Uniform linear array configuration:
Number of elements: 24
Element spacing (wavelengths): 0.25
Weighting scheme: exponential
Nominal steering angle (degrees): -15
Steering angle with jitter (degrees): -13.992
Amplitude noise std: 0.05
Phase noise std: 0.05

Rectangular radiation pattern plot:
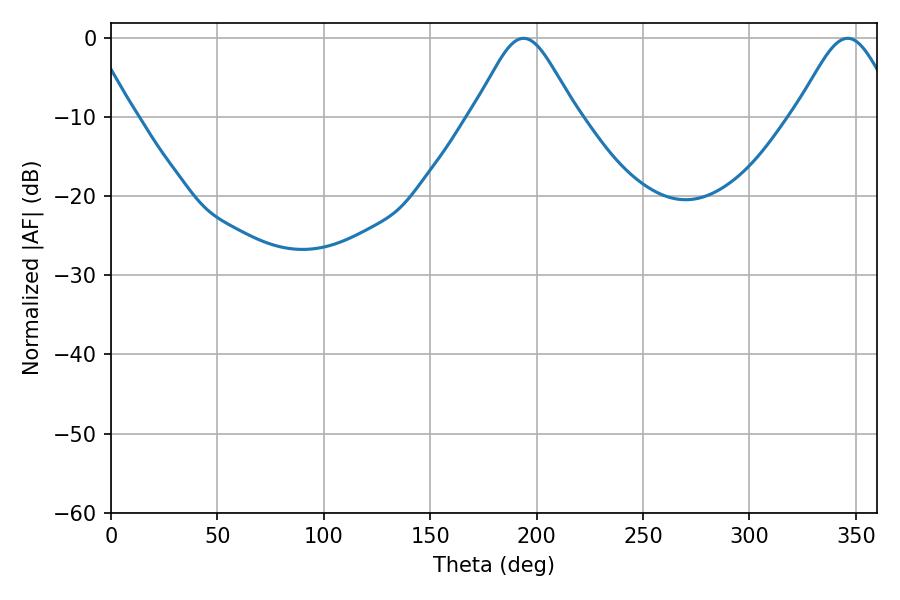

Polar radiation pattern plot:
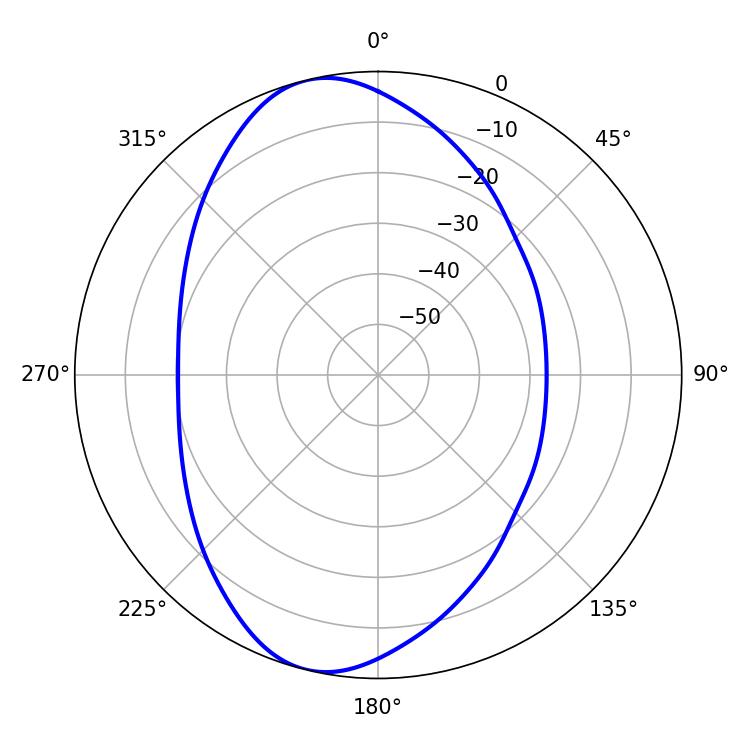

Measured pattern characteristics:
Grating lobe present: FALSE
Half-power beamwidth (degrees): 23.76
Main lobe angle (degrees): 193.86